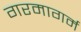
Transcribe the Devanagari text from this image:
गरमागर्म